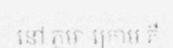
នៅ ភូមា ក្រោម គឺ